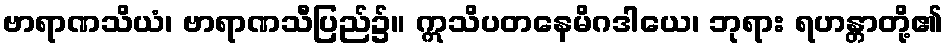
ဗာရာဏသိယံ၊ ဗာရာဏသီပြည်၌။ ဣသိပတနေမိဂဒါယေ၊ ဘုရား ရဟန္တာတို့၏